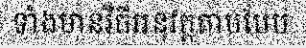
ទាំងមានវិធីអនុវត្តតាមបែប